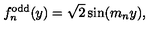
f _ { n } ^ { \mathrm { o d d } } ( y ) = \sqrt { 2 } \sin ( m _ { n } y ) ,